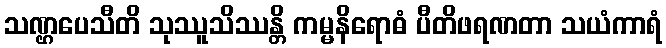
သဏ္ဌပေသီတိ သုဿူသိဿန္တိ ကမ္မနိရောဓံ ပီတိဖရဏတာ သယံကာရံ